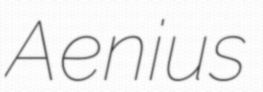
Aenius